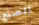
الصنع